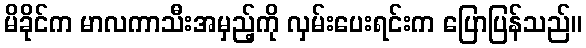
မိခိုင်က မာလကာသီးအမှည့်ကို လှမ်းပေးရင်းက ပြောပြန်သည်။